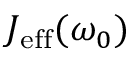
J _ { \mathrm { e f f } } ( \omega _ { 0 } )